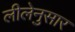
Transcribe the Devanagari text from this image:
लीलेनुसार